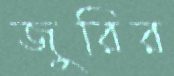
জুরির